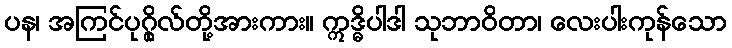
ပန၊ အကြင်ပုဂ္ဂိုလ်တို့အားကား။ ဣဒ္ဓိပါဒါ သုဘာဝိတာ၊ လေးပါးကုန်သော